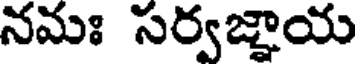
నమః సర్వజ్ఞాయ